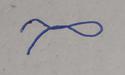
Signature authenticity: forged